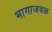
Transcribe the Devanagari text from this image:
भागाजवळ